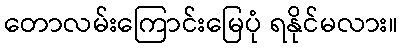
တောလမ်းကြောင်းမြေပုံ ရနိုင်မလား။